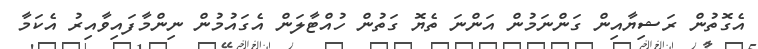
އެގޮތުން ރަޝިޔާއިން ގަންނަމުން އަންނަ ތެޔޮ ގަތުން ހުއްޓާލަން އެގައުމުން ނިންމާފައިވާއިރު އެކަމާ